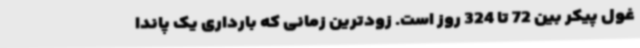
غول پیکر بین 72 تا 324 روز است. زودترین زمانی که بارداری یک پاندا